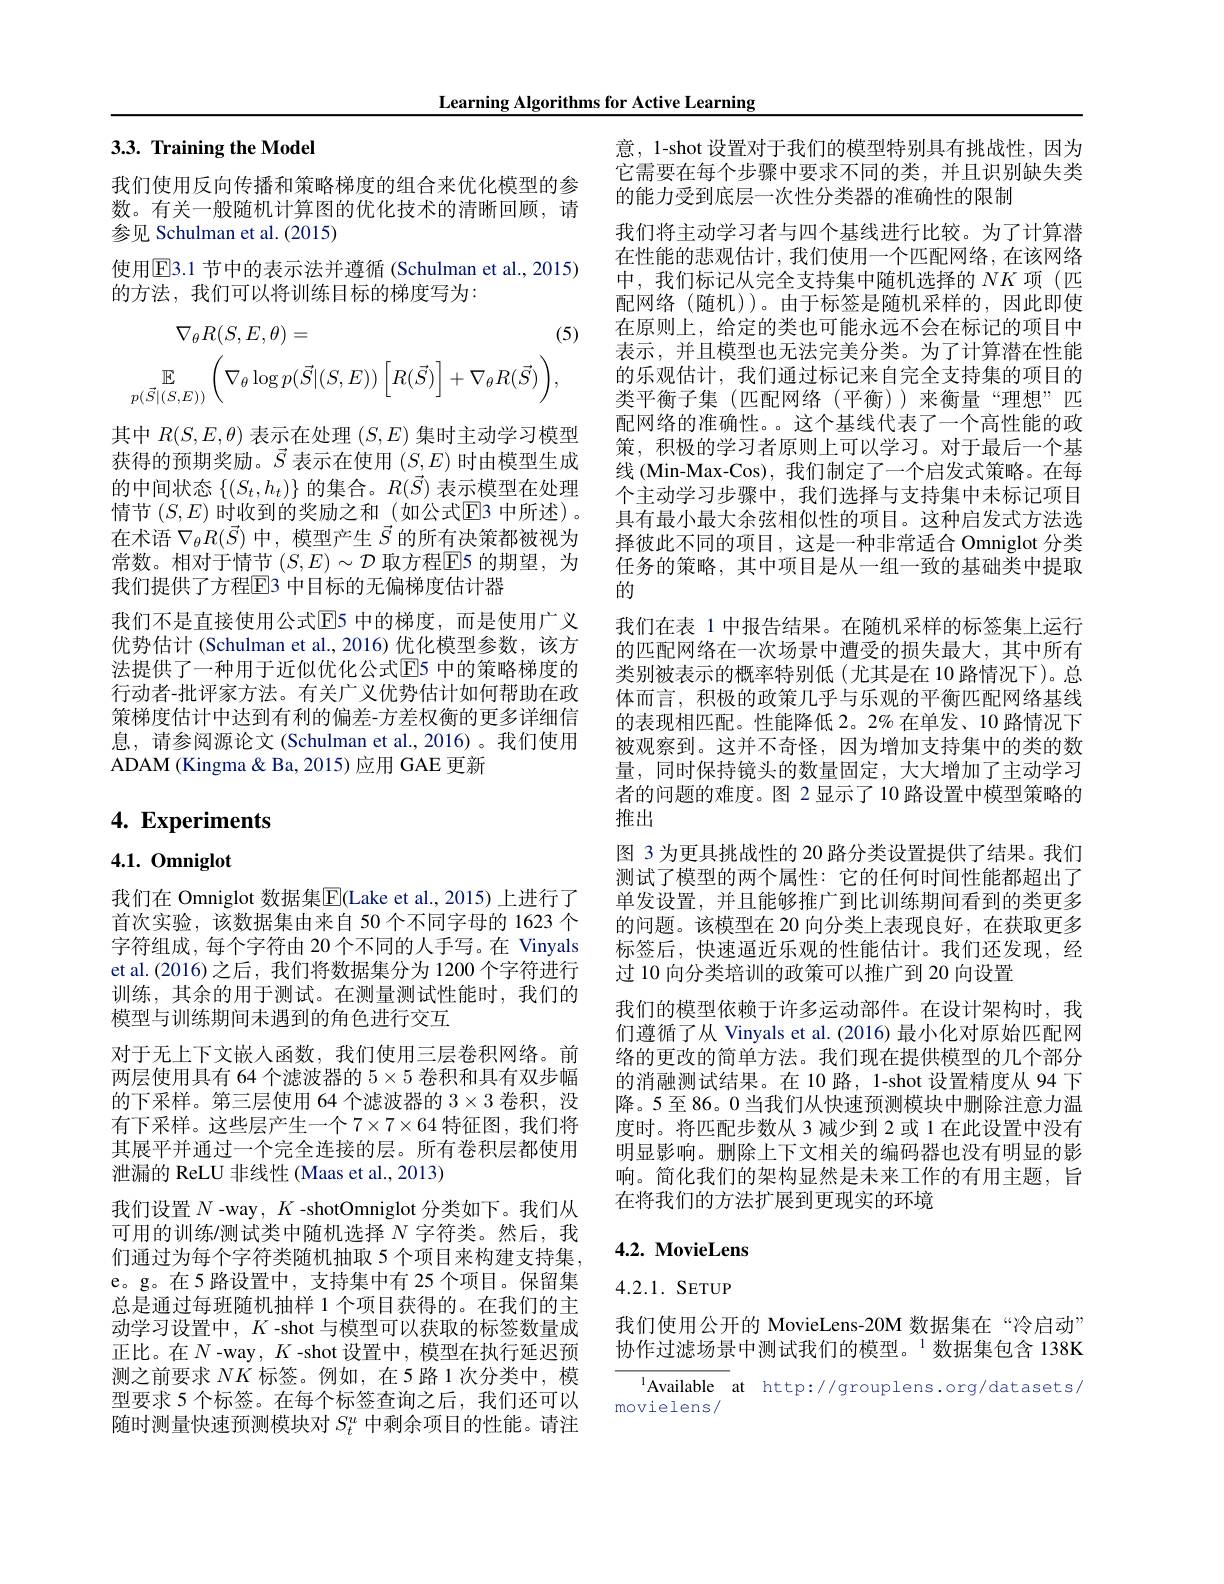
Learning Algorithms for Active Learning

# 3.3. Training the Model

我们使用反向传播和策略梯度的组合来优化模型的参数。有关一般随机计算图的优化技术的清晰回顾，请参见 Schulman et al. (2015)

使用$\boxed{\mathrm{E}}3.1$ 节中的表示法并遵循 (Schulman et al., 2015)
的方法，我们可以将训练目标的梯度写为：
$$\nabla_{\theta}R(S,E,\theta)=\text{(}\\\mathbb{E}_{p(\vec{S}|(S,E))}\bigg(\nabla_{\theta}\log p(\vec{S}|(S,E))\bigg[R(\vec{S})\bigg]+\nabla_{\theta}R(\vec{S})\bigg),$$
其中$R(S,E,\theta)$表示在处理$(S,E)$集时主动学习模型获得的预期奖励。$\vec{S}$表示在使用$(S,E)$时由模型生成的中间状态$\{(S_t,h_t)\}$的集合。$R(\vec{S})$表示模型在处理情节 $(S,E)\underset{\to}{\operatorname*{\text{时收到的奖励之和}}}($如公式$\mathbb{E}$3 中所述)。在术语$\nabla_\theta R(\vec{S})$中，模型产生$\vec{S}$的所有决策都被视为常数。相对于情节 $(S,E)\sim\mathcal{D}$ 取方程$\mathbb{E}$5 的期望，为我们提供了方程回3 中目标的无偏梯度估计器
我们不是直接使用公式$\overline{\mathrm{E}}$5 中的梯度，而是使用广义优势估计 (Schulman et al., 2016) 优化模型参数，该方法提供了一种用于近似优化公式E5 中的策略梯度的行动者-批评家方法。有关广义优势估计如何帮助在政策梯度估计中达到有利的偏差-方差权衡的更多详细信息，请参阅源论文 (Schulman et al.,2016)。我们使用ADAM (Kingma & Ba, 2015) 应用 GAE 更新

# 4. Experiments

4.1.0mniglot

我们在 Omniglot 数据集$\boxed{\mathrm{F}}($Lake et al.,2015)上进行了首次实验，该数据集由来自 50 个不同字母的 1623 个字符组成，每个字符由 20 个不同的人手写。在 Vinyals et al.(2016)之后，我们将数据集分为 1200 个字符进行训练，其余的用于测试。在测量测试性能时，我们的模型与训练期间未遇到的角色进行交互
对于无上下文嵌人函数，我们使用三层卷积网络。前两层使用具有 64 个滤波器的$5\times5$卷积和具有双步幅的下采样。第三层使用 64 个滤波器的$3\times3$卷积，没有下采样。这些层产生一个$7\times7\times64$ 特征图，我们将其展平并通过一个完全连接的层。所有卷积层都使用泄漏的 ReLU 非线性 (Maas et al.,2013)
我们设置$N$ -way , $K$ -shotOmniglot 分类如下。我们从可用的训练/测试类中随机选择$N$字符类。然后，我们通过为每个字符类随机抽取 5 个项目来构建支持集， e。g。在5 路设置中，支持集中有 25 个项目。保留集总是通过每班随机抽样 1 个项目获得的。在我们的主动学习设置中，$K$ -shot 与模型可以获取的标签数量成正比。在$N$-way,$K$-shot 设置中，模型在执行延迟预测之前要求$NK$标签。例如，在5路1次分类中，模型要求 5 个标签。在每个标签查询之后，我们还可以随时测量快速预测模块对$S_t^u$中剩余项目的性能。请注

意，1-shot 设置对于我们的模型特别具有挑战性，因为它需要在每个步骤中要求不同的类，并且识别缺失类的能力受到底层一次性分类器的准确性的限制
我们将主动学习者与四个基线进行比较。为了计算潜在性能的悲观估计，我们使用一个匹配网络，在该网络中，我们标记从完全支持集中随机选择的$NK$项(匹配网络(随机))。由于标签是随机采样的，因此即使在原则上，给定的类也可能永远不会在标记的项目中表示，并且模型也无法完美分类。为了计算潜在性能的乐观估计，我们通过标记来自完全支持集的项目的类平衡子集(匹配网络(平衡))来衡量“理想”匹配网络的准确性。。这个基线代表了一个高性能的政策，积极的学习者原则上可以学习。对于最后一个基线 (Min-Max-Cos), 我们制定了一个启发式策略。在每个主动学习步骤中，我们选择与支持集中未标记项目具有最小最大余弦相似性的项目。这种启发式方法选择彼此不同的项目，这是一种非常适合 Omniglot 分类任务的策略，其中项目是从一组一致的基础类中提取的
我们在表 1 中报告结果。在随机采样的标签集上运行的匹配网络在一次场景中遭受的损失最大，其中所有类别被表示的概率特别低(尤其是在 10 路情况下)。总体而言，积极的政策几乎与乐观的平衡匹配网络基线的表现相匹配。性能降低 2。2%在单发、10 路情况下被观察到。这并不奇怪，因为增加支持集中的类的数量，同时保持镜头的数量固定，大大增加了主动学习者的问题的难度。图 2显示了 10 路设置中模型策略的推出
图 3 为更具挑战性的 20 路分类设置提供了结果。我们测试了模型的两个属性：它的任何时间性能都超出了单发设置，并且能够推广到比训练期间看到的类更多的问题。该模型在 20 向分类上表现良好，在获取更多标签后，快速逼近乐观的性能估计。我们还发现，经过 10 向分类培训的政策可以推广到 20 向设置
我们的模型依赖于许多运动部件。在设计架构时，我们遵循了从 Vinyals et al. (2016) 最小化对原始匹配网络的更改的简单方法。我们现在提供模型的几个部分的消融测试结果。在 10 路，1-shot 设置精度从 94 下降。5至86。0 当我们从快速预测模块中删除注意力温度时。将匹配步数从 3 减少到 2 或 1 在此设置中没有明显影响。删除上下文相关的编码器也没有明显的影响。简化我们的架构显然是未来工作的有用主题，旨在将我们的方法扩展到更现实的环境

# $4. 2. \textbf{ MovieLens}$

# 4.2.1. SETUP

我们使用公开的 MovieLens-20M 数据集在“冷启动” 协作过滤场景中测试我们的模型。$^{1}$数据集包含 138K

$^{1}$Available at http://grouplens.org/datasets/
movielens/